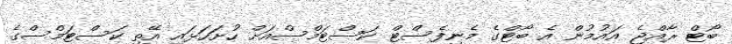
ބޯޓް ރާއްޖެ އައުމުން އެ ބޯޓްގެ މެނިފެސްޓް ކަސްޓަމްސްއަށް ހުށަހަޅައި އޭތި ކަސްޓަމްސްގެ